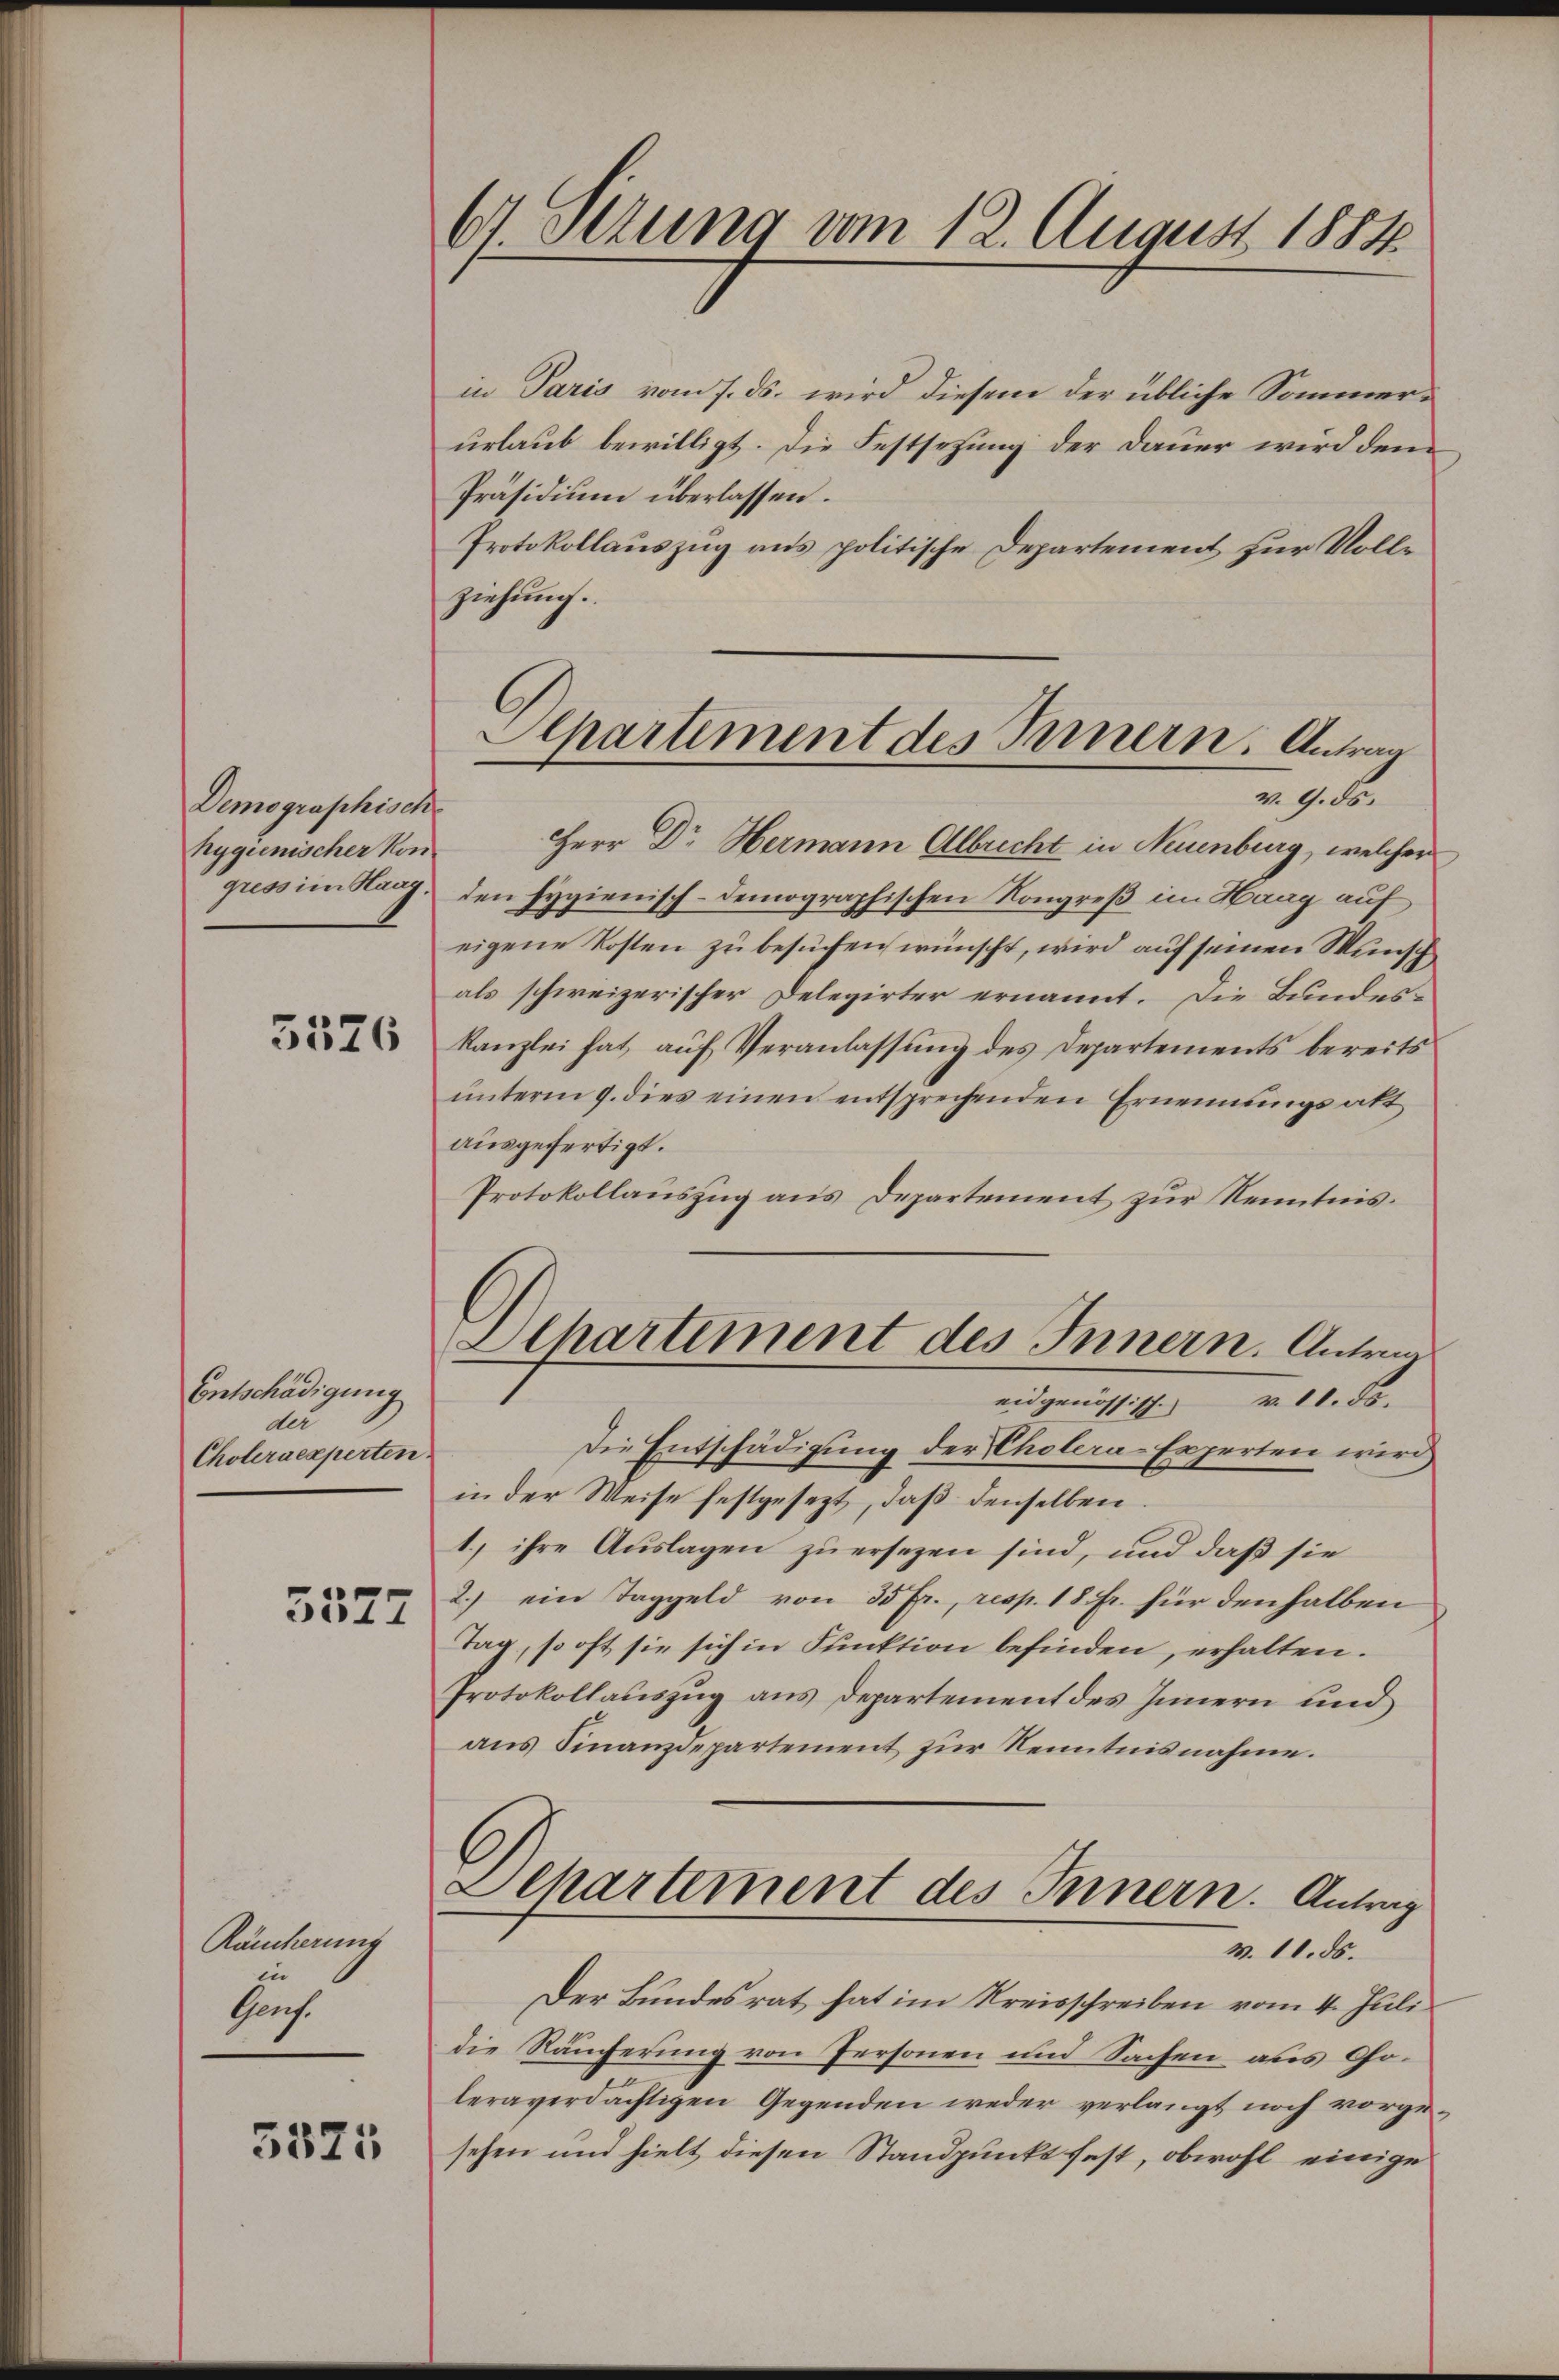
Demographisch
hygienischer Kon

5526

Entschädigung
der
Choleraexperten

5577

Räucherung
zu
Genf.

5325

61 Sezung vom 12. August 1884

in Paris vom 7. ds. wird diesem der übliche Sommerurlaub bewilligt. Die Festsezung der Dauer wird dem
Präsidium überlassen.
Protokollauszug aus politische Departement zur Vollziehung.

Herr Dr Hermann Albrecht in Neuenburg, welcher
gressim Haag, den Hygienisch-demographischen Kongreß im Haag auf
eigene Kosten zu besuchen wünscht, wird auf seinen Wunsch
als schweizerischer Delegirter ernannt. Die Bundeskanzlei hat auf Veranlassung des Departements bereits
ŭnterm 9. dies einen entsprechenden Ernennungsakt
ausgefertigt.
Protokollauszug aus Departement zur Kenntnis.
Die Entschädigung der Cholera-Erperten wird
in der Weise festgesezt, daβ denselben.
1.) ihre Auslagen zu ersezen sind, und daß sie
2.) ein Taggeld von 35 fr., resp. 18 Fr. für den halben
Tag, so oft sie sich in Funktion befinden, erhalten.
Protokollauszug aus Departement des Innern und
ans Finanzdepartement zŭr Kenntnisnahme.
Departement des Innern. Antrag
v. 11. ds.
Der Bundesrat hat im Kreisschreiben vom 4. Juli
die Räucherung von Personen und Sachen aus Choleraverdächtigen Gegenden weder verlangt noch vorgesehen und hielt diesen Standpunkt fest, obwohl einige

Alpartiment des Bernern. Antrag
v. 9. ds.

Departement des Innern. Antrag
eidgenössische v. 11. Fs.